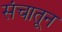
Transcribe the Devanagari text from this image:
संचातून